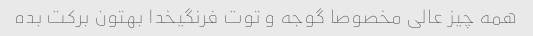
همه چیز عالی مخصوصا گوجه و توت فرنگیخدا بهتون برکت بده